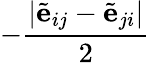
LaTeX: -\frac{\vert\tilde{\mathbf{e}}_{ij}-\tilde{\mathbf{e}}_{ji}\vert}{2}